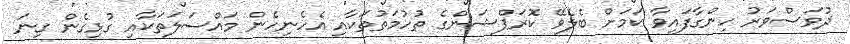
ދުވަސްވަރު ހިންގާފައިވާ ކަމަށް ބެލެވޭ ކޮރަޕްޝަންގެ ތުހުމަތުތަކާއި އެހެނިހެން މައްސަލަތަކާއި ގުޅިގެން ގިނަ